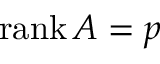
\operatorname { r a n k } A = p